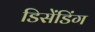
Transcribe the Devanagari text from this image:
डिसेंडिंग